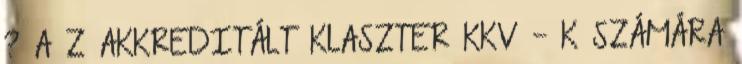
? A Z AKKREDITÁLT KLASZTER KKV - K SZÁMÁRA